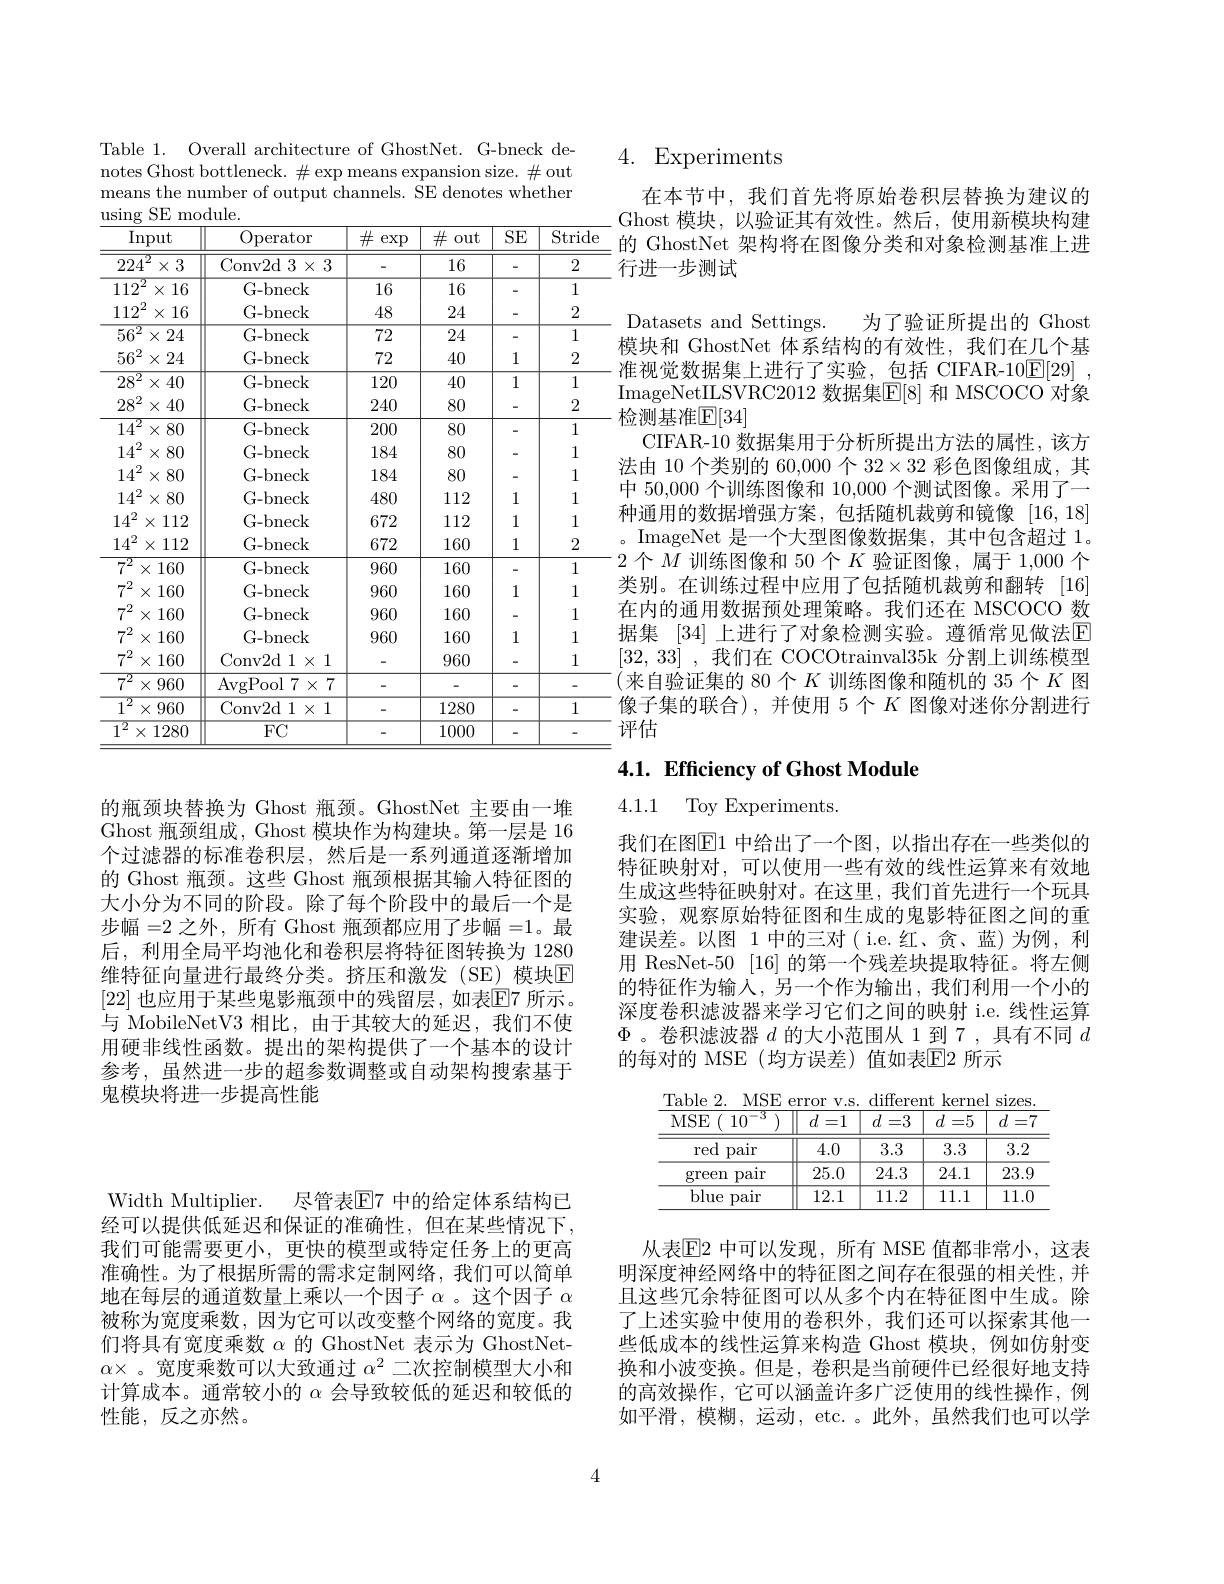
Width Multiplier. 尽管表$\boxed{\mathrm{E}}7$ 中的给定体系结构已经可以提供低延迟和保证的准确性，但在某些情况下我们可能需要更小，更快的模型或特定任务上的更高准确性。为了根据所需的需求定制网络，我们可以简单地在每层的通道数量上乘以一个因子$\alpha$ 。这个因子$\alpha$ 被称为宽度乘数，因为它可以改变整个网络的宽度。我们将具有宽度乘数$\alpha$的 GhostNet 表示为 GhostNet- $\alpha\times$。宽度乘数可以大致通过$\alpha^2$二次控制模型大小和计算成本。通常较小的$\alpha$会导致较低的延迟和较低的性能，反之亦然。

Table 1. Overall architecture of GhostNet. G-bneck denotes Ghost bottleneck. $\#\exp$means expansion size. $\#$out means the number of output channels. $\hat{\text{SE denotes whether}}$
<table>
	<tbody>
		<tr>
			<th>$\operatorname{Input}$</th>
			<th>Operator</th>
			<th>井 $\exp$</th>
			<th>$\#$ out</th>
			<th>SE</th>
			<th>Strid</th>
		</tr>
		<tr>
			<td>$224^{2}$ $\times3$</td>
			<td>Conv2d 3$\times$3</td>
			<td> </td>
			<td>16</td>
			<td>-</td>
			<td>2</td>
		</tr>
		<tr>
			<td>$112^{2}$ $X$ 16</td>
			<td>G- bneck</td>
			<td>16</td>
			<td>16</td>
			<td>-</td>
			<td>1</td>
		</tr>
		<tr>
			<td>$112^{2}$ 16 $X$</td>
			<td>G- bneck</td>
			<td>48</td>
			<td>24</td>
			<td>-</td>
			<td>2</td>
		</tr>
		<tr>
			<td>$56^{2}$ $\times:$ 24</td>
			<td>G- bneck</td>
			<td>72</td>
			<td>24</td>
			<td>-</td>
			<td>1</td>
		</tr>
		<tr>
			<td>$56^{2}$ $X:$ 24</td>
			<td>G- bneck</td>
			<td>72</td>
			<td>40</td>
			<td>1</td>
			<td>2</td>
		</tr>
		<tr>
			<td>$28^{2}$ $X:$ 40</td>
			<td>G- bneck</td>
			<td>120</td>
			<td>40</td>
			<td>1</td>
			<td>1</td>
		</tr>
		<tr>
			<td>$28^{2}$ $\times40$</td>
			<td>G- bneck</td>
			<td>240</td>
			<td>80</td>
			<td>-</td>
			<td>2</td>
		</tr>
		<tr>
			<td>$14^{2}$ $\times8$ 80</td>
			<td>G- bneck</td>
			<td>200</td>
			<td>80</td>
			<td>-</td>
			<td>1</td>
		</tr>
		<tr>
			<td>$14^{2}$ $\times8$ 80</td>
			<td>G- bneck</td>
			<td>184</td>
			<td>80</td>
			<td>-</td>
			<td>1</td>
		</tr>
		<tr>
			<td>$14^{2}$ $X\{$ 80</td>
			<td>G- bneck</td>
			<td>184</td>
			<td>80</td>
			<td>-</td>
			<td>1</td>
		</tr>
		<tr>
			<td>$14^{2}$ $\times\{$ 80</td>
			<td>G- bneck</td>
			<td>480</td>
			<td>112</td>
			<td>1</td>
			<td>1</td>
		</tr>
		<tr>
			<td>$14^{2}$ $X$ 112</td>
			<td>G- bneck</td>
			<td>672</td>
			<td>112</td>
			<td>1</td>
			<td>1</td>
		</tr>
		<tr>
			<td>$14^{2}$ $X$ 112</td>
			<td>G- bneck</td>
			<td>672</td>
			<td>160</td>
			<td>1</td>
			<td>2</td>
		</tr>
		<tr>
			<td>$\overline{7^2}$ $X$ 160</td>
			<td>G- bneck</td>
			<td>960</td>
			<td>160</td>
			<td>-</td>
			<td>1</td>
		</tr>
		<tr>
			<td>$7^2$ $X$ 160</td>
			<td>G- bneck</td>
			<td>960</td>
			<td>160</td>
			<td>1</td>
			<td>1</td>
		</tr>
		<tr>
			<td>$7^2$ $X$ 160</td>
			<td>G- bneck</td>
			<td>960</td>
			<td>160</td>
			<td>-</td>
			<td>1</td>
		</tr>
		<tr>
			<td>$7^2$ $X$ 160</td>
			<td>G- bneck</td>
			<td>960</td>
			<td>160</td>
			<td>1</td>
			<td>1</td>
		</tr>
		<tr>
			<td>$7^{2}$ $X$ 160</td>
			<td>Conv2d 1$\times$1</td>
			<td> </td>
			<td>960</td>
			<td>-</td>
			<td>1</td>
		</tr>
		<tr>
			<td>$\overline{7^{2}}$ $\times{}$ 960</td>
			<td>$\operatorname{AvgPool}7\times7$</td>
			<td>-</td>
			<td> </td>
			<td>-</td>
			<td>-</td>
		</tr>
		<tr>
			<td>${\overline{1^2}}$ $X!$ 960</td>
			<td>Conv2d 1$\times$1</td>
			<td> </td>
			<td>1280</td>
			<td>-</td>
			<td>1</td>
		</tr>
		<tr>
			<td>$\overline{1^2}$ $X$ 1280 </td>
			<td>$FC$</td>
			<td> </td>
			<td>1000</td>
			<td>-</td>
			<td> </td>
		</tr>
	</tbody>
</table>

的瓶颈块替换为 Ghost 瓶颈。GhostNet 主要由一堆Ghost 瓶颈组成，Ghost 模块作为构建块。第一层是 16个过滤器的标准卷积层，然后是一系列通道逐渐增加的 Ghost 瓶颈。这些 Ghost 瓶颈根据其输入特征图的大小分为不同的阶段。除了每个阶段中的最后一个是步幅=2之外，所有 Ghost 瓶颈都应用了步幅=1。最后，利用全局平均池化和卷积层将特征图转换为 1280维特征向量进行最终分类。挤压和激发(SE)模块$\overline{\mathrm{E}}$ [22] 也应用于某些鬼影瓶颈中的残留层，如表$\boxed{\mathrm{E}}7$ 所示。与 MobileNetV3 相比，由于其较大的延迟，我们不使用硬非线性函数。提出的架构提供了一个基本的设计参考，虽然进一步的超参数调整或自动架构搜索基于鬼模块将进一步提高性能

## 4. Experiments

在本节中，我们首先将原始卷积层替换为建议的Ghost 模块，以验证其有效性。然后，使用新模块构建的 GhostNet 架构将在图像分类和对象检测基准上进行进一步测试
Datasets and Settings.
为了验证所提出的 Ghost
模块和 GhostNet 体系结构的有效性，我们在几个基准视觉数据集上进行了实验，包括 CIFAR-10$\underline {\mathrm{E} }[ 29]$ , ImageNetILSVRC2012 数据集$\mathbb{E}[8]$ 和 MSCOCO 对象检测基准$\mathbb{E}[34]$
CIFAR-10 数据集用于分析所提出方法的属性，该方法由 10 个类别的 60,000 个 32$\times32$彩色图像组成，其中 50,000 个训练图像和 10,000 个测试图像。采用了一种通用的数据增强方案，包括随机裁剪和镜像[16,18] 。ImageNet 是一个大型图像数据集，其中包含超过 1。2个$M$训练图像和 50 个$K$验证图像，属于 1,000 个类别。在训练过程中应用了包括随机裁剪和翻转[16] 在内的通用数据预处理策略。我们还在 MSCOCO 数据集 [34] 上进行了对象检测实验。遵循常见做法$\color{red}{\mathrm{E}}$ [32,33] ,我们在 COCOtrainval35k 分割上训练模型(来自验证集的 80 个$K$训练图像和随机的 35 个$K$图像子集的联合),并使用 5个$K$图像对迷你分割进行评估

# 4.1. Efficiency of Ghost Module

4.1.1 Toy Experiments

我们在图$\overline{\mathrm{E}}$1 中给出了一个图，以指出存在一些类似的特征映射对，可以使用一些有效的线性运算来有效地生成这些特征映射对。在这里，我们首先进行一个玩具实验，观察原始特征图和生成的鬼影特征图之间的重建误差。以图 1 中的三对( i.e.红、贪、蓝)为例，利用 ResNet-50 [16] 的第一个残差块提取特征。将左侧的特征作为输入，另一个作为输出，我们利用一个小的深度卷积滤波器来学习它们之间的映射 i.e. 线性运算$\Phi$ 。卷积滤波器$d$的大小范围从 1 到 7 ,具有不同$d$ 的每对的 MSE (均方误差)值如表$\overline{\mathrm{E}}$2 所示

Table 2. MSE error v.s. different kernel sizes
<table>
	<tbody>
		<tr>
			<th>MSE $10^{-3}$</th>
			<th>$d=1$</th>
			<th>$d=3$</th>
			<th>$d=5$</th>
			<th>$d=$ </th>
		</tr>
		<tr>
			<td>red pair</td>
			<td>4.0</td>
			<td>3.3</td>
			<td>3.3</td>
			<td>3.2</td>
		</tr>
		<tr>
			<td>green palr</td>
			<td>25.0</td>
			<td>24.3</td>
			<td>24.1</td>
			<td>23.9</td>
		</tr>
		<tr>
			<td>blue pair</td>
			<td>12.1</td>
			<td>11.2</td>
			<td>11.1</td>
			<td>11.0</td>
		</tr>
	</tbody>
</table>

从表$\overline{\mathrm{E}}$2 中可以发现，所有 MSE 值都非常小，这表明深度神经网络中的特征图之间存在很强的相关性，并且这些冗余特征图可以从多个内在特征图中生成。除了上述实验中使用的卷积外，我们还可以探索其他一些低成本的线性运算来构造 Ghost 模块，例如仿射变换和小波变换。但是，卷积是当前硬件已经很好地支持的高效操作，它可以涵盖许多广泛使用的线性操作，例如平滑，模糊，运动，etc. 。此外，虽然我们也可以学

4